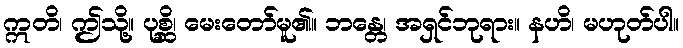
ဣတိ၊ ဤသို့။ ပုစ္ဆိ၊ မေးတော်မူ၏။ ဘန္တေ၊ အရှင်ဘုရား။ နဟိ၊ မဟုတ်ပါ။